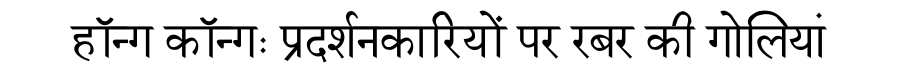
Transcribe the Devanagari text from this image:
हॉन्ग कॉन्गः प्रदर्शनकारियों पर रबर की गोलियां